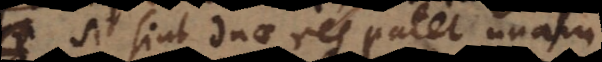
Si sint duae res patet unam